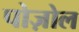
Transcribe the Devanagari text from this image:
पोज़ोल